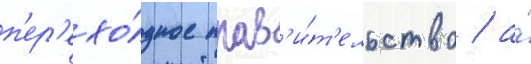
п'ер'ехо́дное прав'и́т'ельство / а́